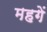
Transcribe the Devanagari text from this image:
महगें